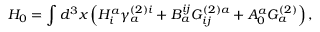
H _ { 0 } = \int d ^ { 3 } x \left( H _ { i } ^ { a } \gamma _ { a } ^ { ( 2 ) i } + B _ { a } ^ { i j } G _ { i j } ^ { ( 2 ) a } + A _ { 0 } ^ { a } G _ { a } ^ { ( 2 ) } \right) ,